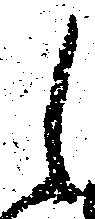
候